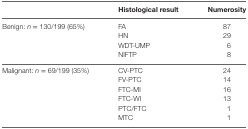
<table><thead><tr><td></td><td><b>Histological result</b></td><td><b>Numerosity</b></td></tr></thead><tbody><tr><td rowspan="4">Benign: <i>n</i> = 130/199 (65%)</td><td>FA</td><td>87</td></tr><tr><td>HN</td><td>29</td></tr><tr><td>WDT-UMP</td><td>6</td></tr><tr><td>NIFTP</td><td>8</td></tr><tr><td rowspan="6">Malignant: <i>n</i> = 69/199 (35%)</td><td>CV-PTC</td><td>24</td></tr><tr><td>FV-PTC</td><td>14</td></tr><tr><td>FTC-MI</td><td>16</td></tr><tr><td>FTC-WI</td><td>13</td></tr><tr><td>PTC/FTC</td><td>1</td></tr><tr><td>MTC</td><td>1</td></tr></tbody></table>